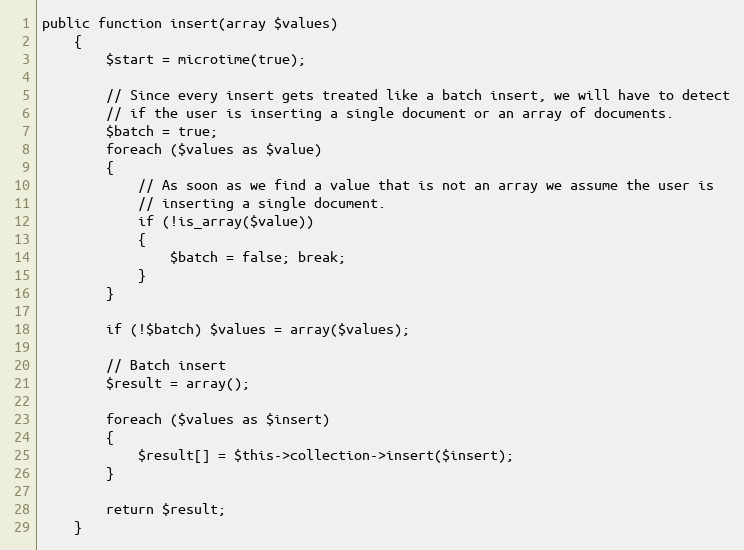
Language: PHP
public function insert(array $values)
	{
		$start = microtime(true);

		// Since every insert gets treated like a batch insert, we will have to detect
		// if the user is inserting a single document or an array of documents.
		$batch = true;
		foreach ($values as $value)
		{
		    // As soon as we find a value that is not an array we assume the user is
		    // inserting a single document.
		    if (!is_array($value))
		    {
		        $batch = false; break;
		    }
		}

		if (!$batch) $values = array($values);

		// Batch insert
		$result = array();

		foreach ($values as $insert)
		{
			$result[] = $this->collection->insert($insert);
		}

		return $result;
	}